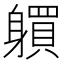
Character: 𨊋